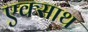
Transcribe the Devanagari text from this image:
एक्साथ